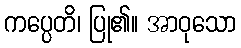
ကပ္ပေတိ၊ ပြု၏။ အာဝုသော